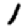
Digit: 1